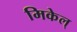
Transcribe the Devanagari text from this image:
मिकेल्